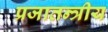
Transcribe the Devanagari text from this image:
प्रजातन्त्रीय